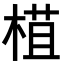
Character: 𣕈